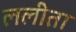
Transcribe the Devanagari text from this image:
ललीता